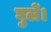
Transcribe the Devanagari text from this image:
घुलें।